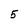
Character: 5